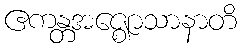
ဧကန္တအဇ္ဈောသာနာတိ